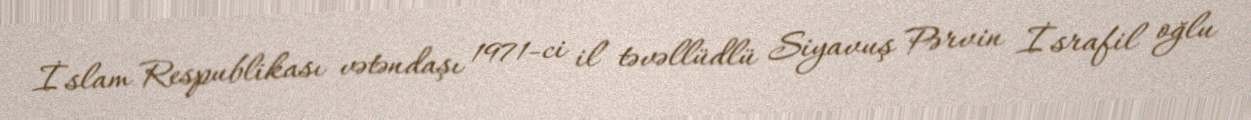
İslam Respublikası vətəndaşı 1971-ci il təvəllüdlü Siyavuş Pərvin İsrafil oğlu